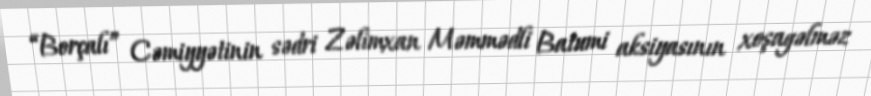
“Borçalı” Cəmiyyətinin sədri Zəlimxan Məmmədli Batumi aksiyasının xoşagəlməz